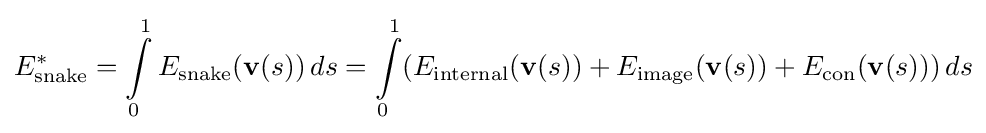
E_{\text{snake}}^{*}=\int \limits _{0}^{1}E_{\text{snake}}(\mathbf {v} (s))\,ds=\int \limits _{0}^{1}(E_{\text{internal}}(\mathbf {v} (s))+E_{\text}(\mathbf {v} (s))+E_{\text{con}}(\mathbf {v} (s)))\,ds